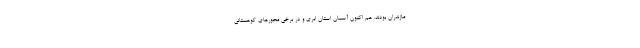
مازندران بودند. هم اکنون آسمان استان ابری و در برخی محورهای کوهستانی